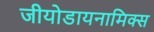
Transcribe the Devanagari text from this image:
जीयोडायनामिक्‍स